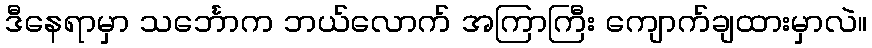
ဒီနေရာမှာ သင်္ဘောက ဘယ်လောက် အကြာကြီး ကျောက်ချထားမှာလဲ။